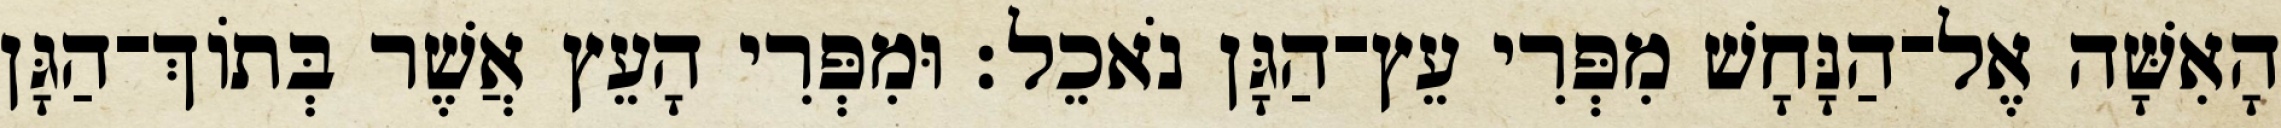
הָאִשָּׁה אֶל־הַנָּחָשׁ מִפְּרִי עֵץ־הַגָּן נֹאכֵל׃ וּמִפְּרִי הָעֵץ אֲשֶׁר בְּתֹוךְ־הַגָּן